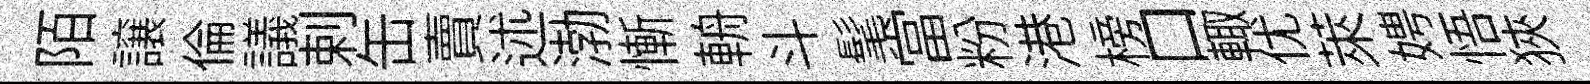
陌譲倫議剌缶賣述渤慚輈斗髦當粉港榜口輙优萊娉悟狹